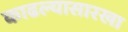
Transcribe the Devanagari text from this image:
काढल्यासारखा